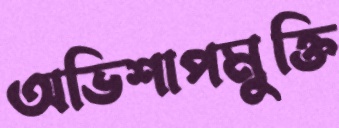
অভিশাপমুক্তি